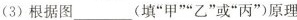
(3)根据图___(填”甲””乙”或”丙”)原理